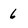
Character: 6